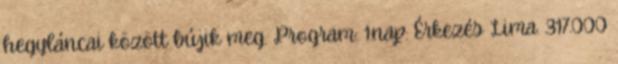
hegyláncai között bújik meg. Program: 1.nap: Érkezés Lima. 317.000